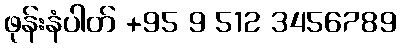
ဖုန်းနံပါတ် +95 9 512 3456789